Report of the Indian Hemp Drugs Commission, 1894-1895 - Volume III
Year: 1894
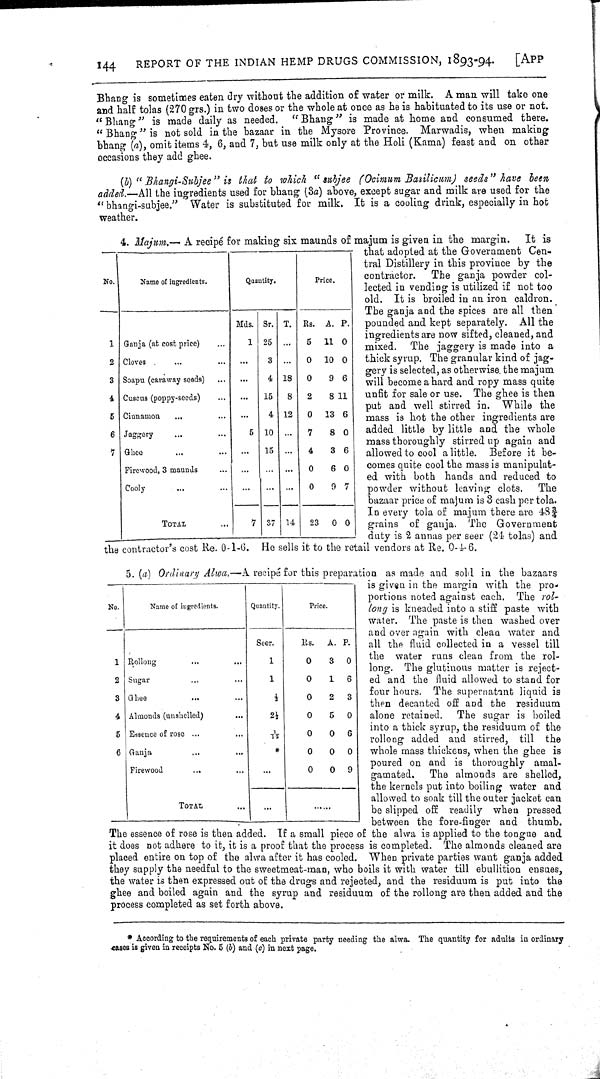
144
REPORT OF THE INDIAN HEMP DRUGS COMMISSION, 1893-94.
[APP
Bhang is sometimes eaten dry without the addition of water or milk. A man will take one
and half tolas (270 grs.) in two doses or the whole at once as he is habituated to its use or not.
"Bhang" is made daily as needed. "Bhang" is made at home and consumed there.
"Bhang" is not sold in the bazaar in the Mysore Province. Marwadis, when making
bhang (a), omit items 4, 6, and 7, but use milk only at the Holi (Kama) feast and on other
occasions they add ghee.
(b) "Bhangi-Subjee" is that to which "subjee (Ocimum Basilicum) seeds" have been
added.—All the ingredients used for bhang (3a) above, except sugar and milk are used for the
"bhangi-subjee." Water is substituted for milk. It is a cooling drink, especially in hot
weather.
No.
Name of ingredients.
Quantity.
Price.
Mds. Sr. T. Rs. A. P.
1 Ganja (at cost price)
1 25
5
11 0
2 Cloves
3
0
10 0
3 Soapu (caraway seeds)
4 18
0
9 6
4 Cuscus (poppy-seeds)
15
8
2
8 11
5 Cinnamon
4 12
0
13 6
6 Jaggery
5 10
7
8 0
7 Ghee
Firewood, 3 maunds
15
4
0
3
6
6
0
Cooly
TOTAL
37 14
0
9 7
Cooly
TOTAL
7 37 14
23
0 0
4. Majum.- A recipé for making six maunds of majum is given in the margin. It is
that adopted at the Government Cen-
tral Distillery in this province by the
contractor. The ganja powder col-
lected in vending is utilized if not too
old. It is broiled in an iron caldron.
The ganja and the spices are all then
pounded and kept separately. All the
ingredients are now sifted, cleaned, and
mixed. The jaggery is made into a
thick syrup. The granular kind of jag-
gery is selected, as otherwise the majum
will become a hard and ropy mass quite
unfit for sale or use. The ghee is then
put and well stirred in. While the
mass is hot the other ingredients are
added little by little and the whole
mass thoroughly stirred up again and
allowed to cool a little. Before it be-
comes quite cool the mass is manipulat-
ed with both hands and reduced to
powder without leaving clots. The
bazaar price of majum is 3 cash per tola.
In every tola of majum there are 483/4
grains of ganja. The Government
duty is 2 annas per seer (24 tolas) and
the contractor's cost Re. 0-1-6. He sells it to the retail vendors at Re. 0-4-6.
No.
Name of ingredients.
Quantity.
Price
Seer.
Rs. A. P.
1 Rollong
1
0
3
0
2 Sugar
1
0
1
6
3 Ghee
1/2 0
2
3
4 Almonds (unshelled)
21/2
0
5
0
5 Essence of rose
11/2
0
0
6
6 Ganja
*
0
0
0
Firewood
TOTAL
0
0
9
Firewood
TOTAL
5. (a) Ordinary Alwa.- A recipé for this preparation as made and sold in the bazaars
is given in the margin with the pro-
portions noted against each. The rol-
long is kneaded into a stiff paste with
water. The paste is then washed over
and over again with clean water and
all the fluid collected in a vessel till
the water runs clean from the rol-
long. The glutinous matter is reject-
ed and the fluid allowed to stand for
four hours. The supernatant liquid is
then decanted off and the residuum
alone retained. The sugar is boiled
into a thick syrup, the residuum of the
rollong added and stirred, till the
whole mass thickens, when the ghee is
poured on and is thoroughly amal-
gamated. The almonds are shelled,
the kernels put into boiling water and
allowed to soak till the outer jacket can
be slipped off readily when pressed
between the fore-finger and thumb.
The essence of rose is then added. If a small piece of the alwa is applied to the tongue and
it does not adhere to it, it is a proof that the process is completed. The almonds cleaned are
placed entire on top of the alwa after it has cooled. When private parties want ganja added
they supply the needful to the sweetmeat-man, who boils it with water till ebullition ensues,
the water is then expressed out of the drugs and rejected, and the residuum is put into the
ghee and boiled again and the syrup and residuum of the rollong are then added and the
process completed as set forth above.
* According to the requirements of each private party needing the alwa. The quantity for adults in ordinary
cases is given in receipts No. 5 (b) and (c) in next page.